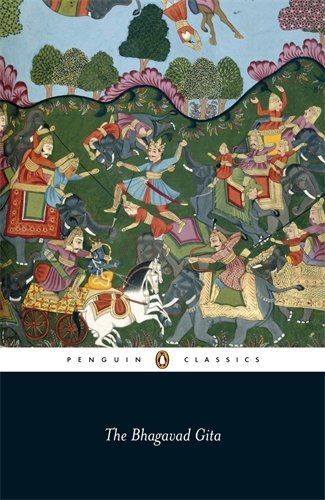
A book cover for The Bhagavad Gita (Penguin Classics); Anonymous; Religion & Spirituality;